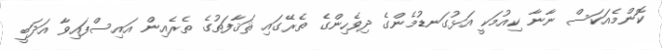
ކޮންމެއަކަސް ނާނާ ކިއުމަކީ އަޅުގަނޑުމެންގެ ދިވެހިންގެ ތެރޭގައި ޘަޤާފަތުގެ ތެރެއިން އައިސްފައިވާ އަދަބީ